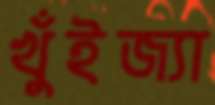
খুঁইজ্যা